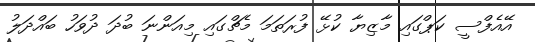
އޭއެފްސީ ކަޕްގައި މާޒިޔާ ކުޅޭ ފުރަތަމަ މެޗްގައި މިއަންނަ ބުދަ ދުވަހު ބައްދަލު